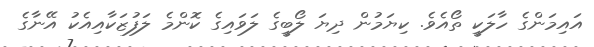
އައިމަންގެ ހާލަކީ ތޯއެވެ. ކިޔަމުން ދިޔަ ލޯބީގެ ލަވައިގެ ކޮންމެ ލަފުޒަކާއިއެކު އޭނާގެ